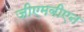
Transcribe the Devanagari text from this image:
जीएमवीएन